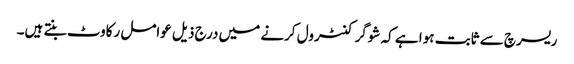
ریسرچ سے ثابت ہوا ہے کہ شوگر کنٹرول کرنے میں درج ذیل عوامل رکاوٹ بنتے ہیں۔